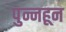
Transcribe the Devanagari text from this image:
पुन्नहून